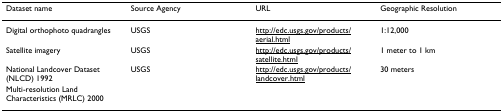
<table><thead><tr><td><b>Dataset name</b></td><td><b>Source Agency</b></td><td><b>URL</b></td><td><b>Geographic Resolution</b></td></tr></thead><tbody><tr><td>Digital orthophoto quadrangles</td><td>USGS</td><td>http://edc.usgs.gov/products/aerial.html</td><td>1:12,000</td></tr><tr><td>Satellite imagery</td><td>USGS</td><td>http://edc.usgs.gov/products/satellite.html</td><td>1 meter to 1 km</td></tr><tr><td>National Landcover Dataset (NLCD) 1992</td><td>USGS</td><td>http://edc.usgs.gov/products/landcover.html</td><td>30 meters</td></tr><tr><td>Multi-resolution Land Characteristics (MRLC) 2000</td><td></td><td></td><td></td></tr></tbody></table>